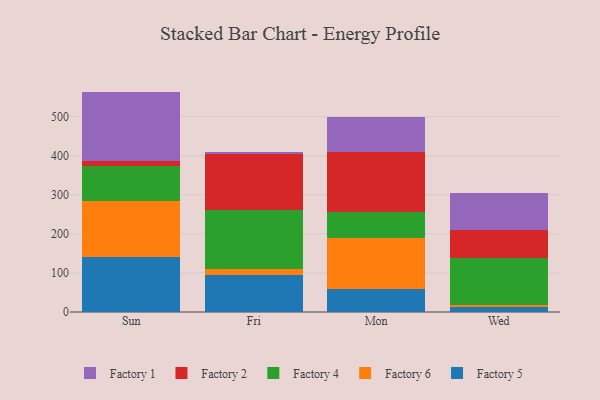
{"axis": {"x": "Day", "y": "Revenue (USD Million)"}, "legend": ["Factory 1", "Factory 2", "Factory 4", "Factory 5", "Factory 6"], "data": [{"x": "Sun", "y": 139.9, "type": "Factory 5"}, {"x": "Sun", "y": 143.8, "type": "Factory 6"}, {"x": "Sun", "y": 90.3, "type": "Factory 4"}, {"x": "Sun", "y": 11.6, "type": "Factory 2"}, {"x": "Sun", "y": 178.6, "type": "Factory 1"}, {"x": "Fri", "y": 94.4, "type": "Factory 5"}, {"x": "Fri", "y": 15.1, "type": "Factory 6"}, {"x": "Fri", "y": 151.8, "type": "Factory 4"}, {"x": "Fri", "y": 142.9, "type": "Factory 2"}, {"x": "Fri", "y": 6.2, "type": "Factory 1"}, {"x": "Mon", "y": 58.8, "type": "Factory 5"}, {"x": "Mon", "y": 131.7, "type": "Factory 6"}, {"x": "Mon", "y": 64.5, "type": "Factory 4"}, {"x": "Mon", "y": 155.3, "type": "Factory 2"}, {"x": "Mon", "y": 88.3, "type": "Factory 1"}, {"x": "Wed", "y": 12.3, "type": "Factory 5"}, {"x": "Wed", "y": 6.1, "type": "Factory 6"}, {"x": "Wed", "y": 120.2, "type": "Factory 4"}, {"x": "Wed", "y": 70.6, "type": "Factory 2"}, {"x": "Wed", "y": 96.0, "type": "Factory 1"}]}